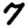
Digit: 7